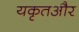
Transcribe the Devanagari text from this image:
यकृतऔर